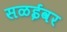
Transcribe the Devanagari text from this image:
सळईवर